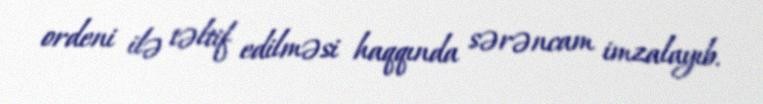
ordeni ilə təltif edilməsi haqqında sərəncam imzalayıb.